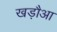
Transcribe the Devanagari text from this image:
खड़ौआ